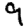
Digit: 9